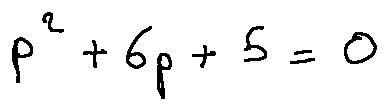
p ^ { 2 } + 6 p + 5 = 0